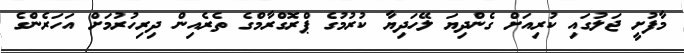
މާފުށީ ޖަލުގައި ކުރިއަށް ގެންދިޔަ ލޭހަދިޔާ ކުރުމުގެ ޕްރޮގްރާމްގެ ތެރެއިން ދިރިހުރުމަށް އަހަރެންގެ